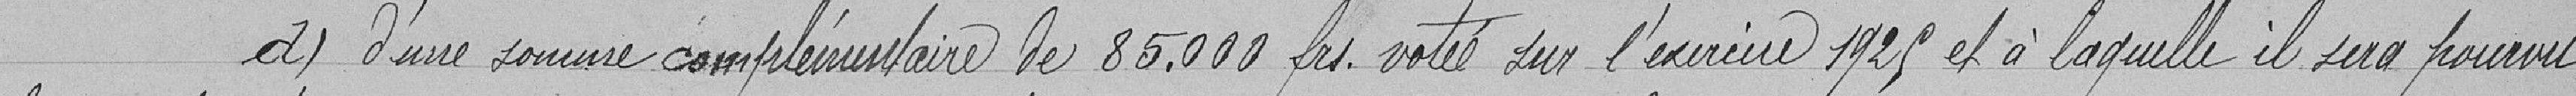
d) d'une somme complémentaire de 85.000 francs votée sur l'exercice 1929 et à laquelle il sera pourvu,